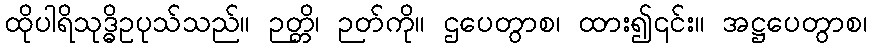
ထိုပါရိသုဒ္ဓိဥပုသ်သည်။ ဉတ္တိ၊ ဉတ်ကို။ ဌပေတွာစ၊ ထား၍၎င်း။ အဋ္ဌပေတွာစ၊